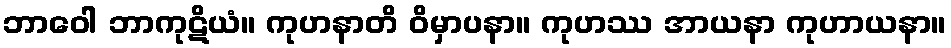
ဘာဝေါ ဘာကုဋိယံ။ ကုဟနာတိ ဝိမှာပနာ။ ကုဟဿ အာယနာ ကုဟာယနာ။